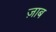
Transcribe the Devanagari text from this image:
ज़ाब